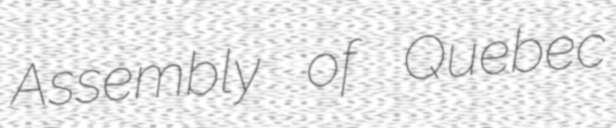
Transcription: Assembly of Quebec